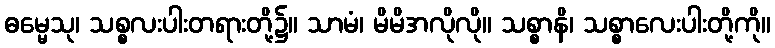
ဓမ္မေသု၊ သစ္စလးပါးတရားတို့၌။ သာမံ၊ မိမိအလိုလို။ သစ္စာနိ၊ သစ္စာလေးပါးတို့ကို။